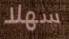
سهلا